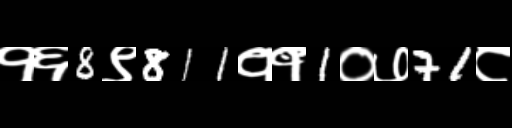
Text: १६8९811११1०७71८